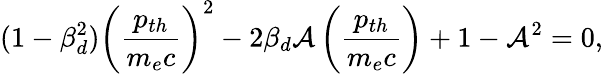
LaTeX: (1-\beta_{d}^{2})\left(\frac{p_{th}}{m_{e}c}\right)^{2}-2\beta_{d}\mathcal{A}\left(\frac{p_{th}}{m_{e}c}\right)+1-\mathcal{A}^{2}=0,